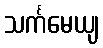
သင်္ကမေယျ